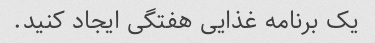
یک برنامه غذایی هفتگی ایجاد کنید.